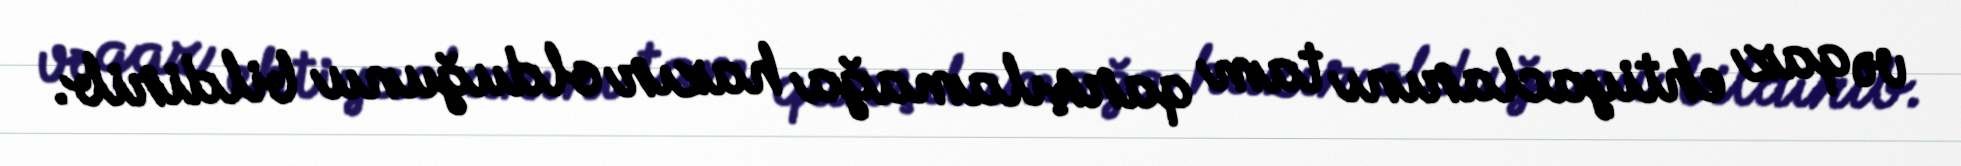
və qaz ehtiyaclarını tam qarşılamağa hazır olduğunu bildirib.